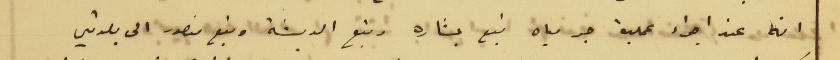
انه عند اجراء عملية جر مياة نبع بشاره ونبع الدبشة ونبع منصور الى بلدتي